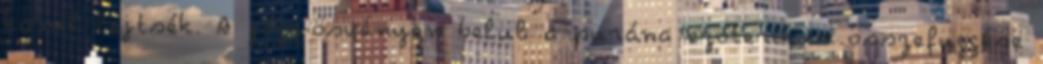
körül lejtsék. A jóga-ösvényen belül a purána ezoterikus összefüggése